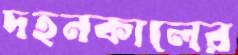
দহনকালের